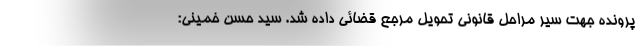
پرونده جهت سیر مراحل قانونی تحویل مرجع قضائی داده شد. سید حسن خمینی: